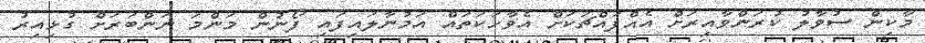
މާކިން ސުވާލު ކުރަންވާއިރަށް އެއްފައްޗަކަށް އެވާހަކަތައް އަމުނާލައިފައި ފޯނުން މަންމަ ނަންބަރަށް ގުޅިއިރު